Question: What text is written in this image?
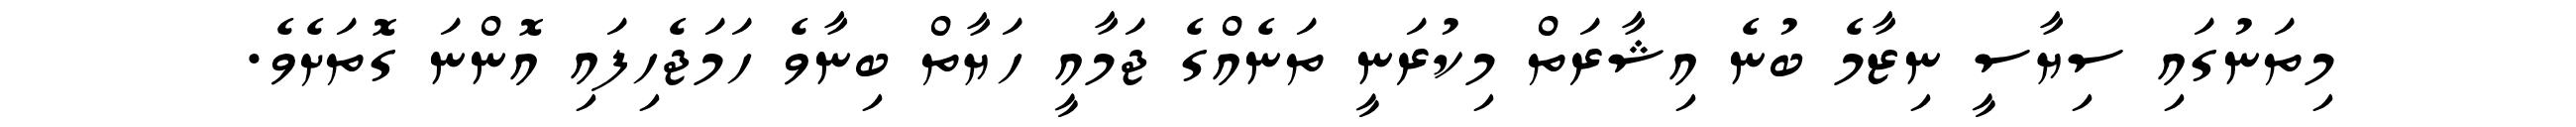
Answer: މިތަނުގައި ސިޔާސީ ނިޒާމެ ބުނެ އިޝާރަތް މިކުރަނީ ތަނެއްގެ ޖަމާއީ ހަޔާތް ބިނާވެ ހަމަޖެހިފައި އޮންނަ ގޮތަށެވެ.